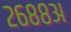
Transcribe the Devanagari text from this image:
२६८८अ